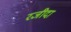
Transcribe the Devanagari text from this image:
रजीदा